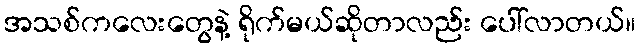
အသစ်ကလေးတွေနဲ့ ရိုက်မယ်ဆိုတာလည်း ပေါ်လာတယ်။